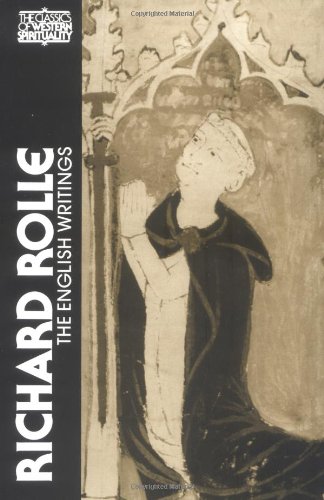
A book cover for Richard Rolle: The English Writings (Classics of Western Spirituality); Richard Rolle; Religion & Spirituality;